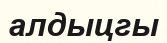
алдыцгы